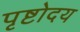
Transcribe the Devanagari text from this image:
पृष्टोदय